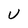
Character: U